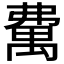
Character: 𥝃